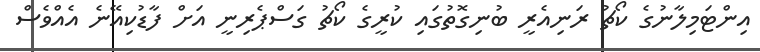
އިންޓަމިލާނުގެ ކޯޗު ރަނިއެރީ ބުނިގޮތުގައި ކުރީގެ ކޯޗު ގަސްޕެރިނީ އަށް ފާޑުކިއޭނެ އެއްވެސް